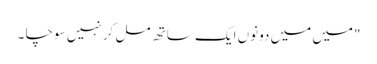
"میں میں دونوں ایک ساتھ مل کر نہیں سوچا ۔